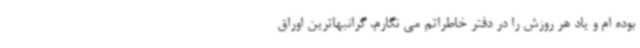
بوده ام و یاد هر روزش را در دفتر خاطراتم می نگارم، گرانبهاترین اوراق